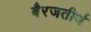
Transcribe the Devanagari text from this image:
बैरजतीर्थ